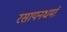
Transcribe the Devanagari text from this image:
रसायनधर्मा